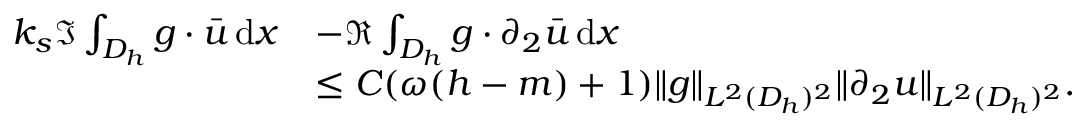
\begin{array} { r l } { k _ { s } \Im \int _ { D _ { h } } g \cdot \bar { u } \, \mathrm { d } x } & { - \Re \int _ { D _ { h } } g \cdot \partial _ { 2 } \bar { u } \, \mathrm { d } x } \\ & { \le C ( \omega ( h - m ) + 1 ) \| g \| _ { L ^ { 2 } ( D _ { h } ) ^ { 2 } } \| \partial _ { 2 } u \| _ { L ^ { 2 } ( D _ { h } ) ^ { 2 } } . } \end{array}